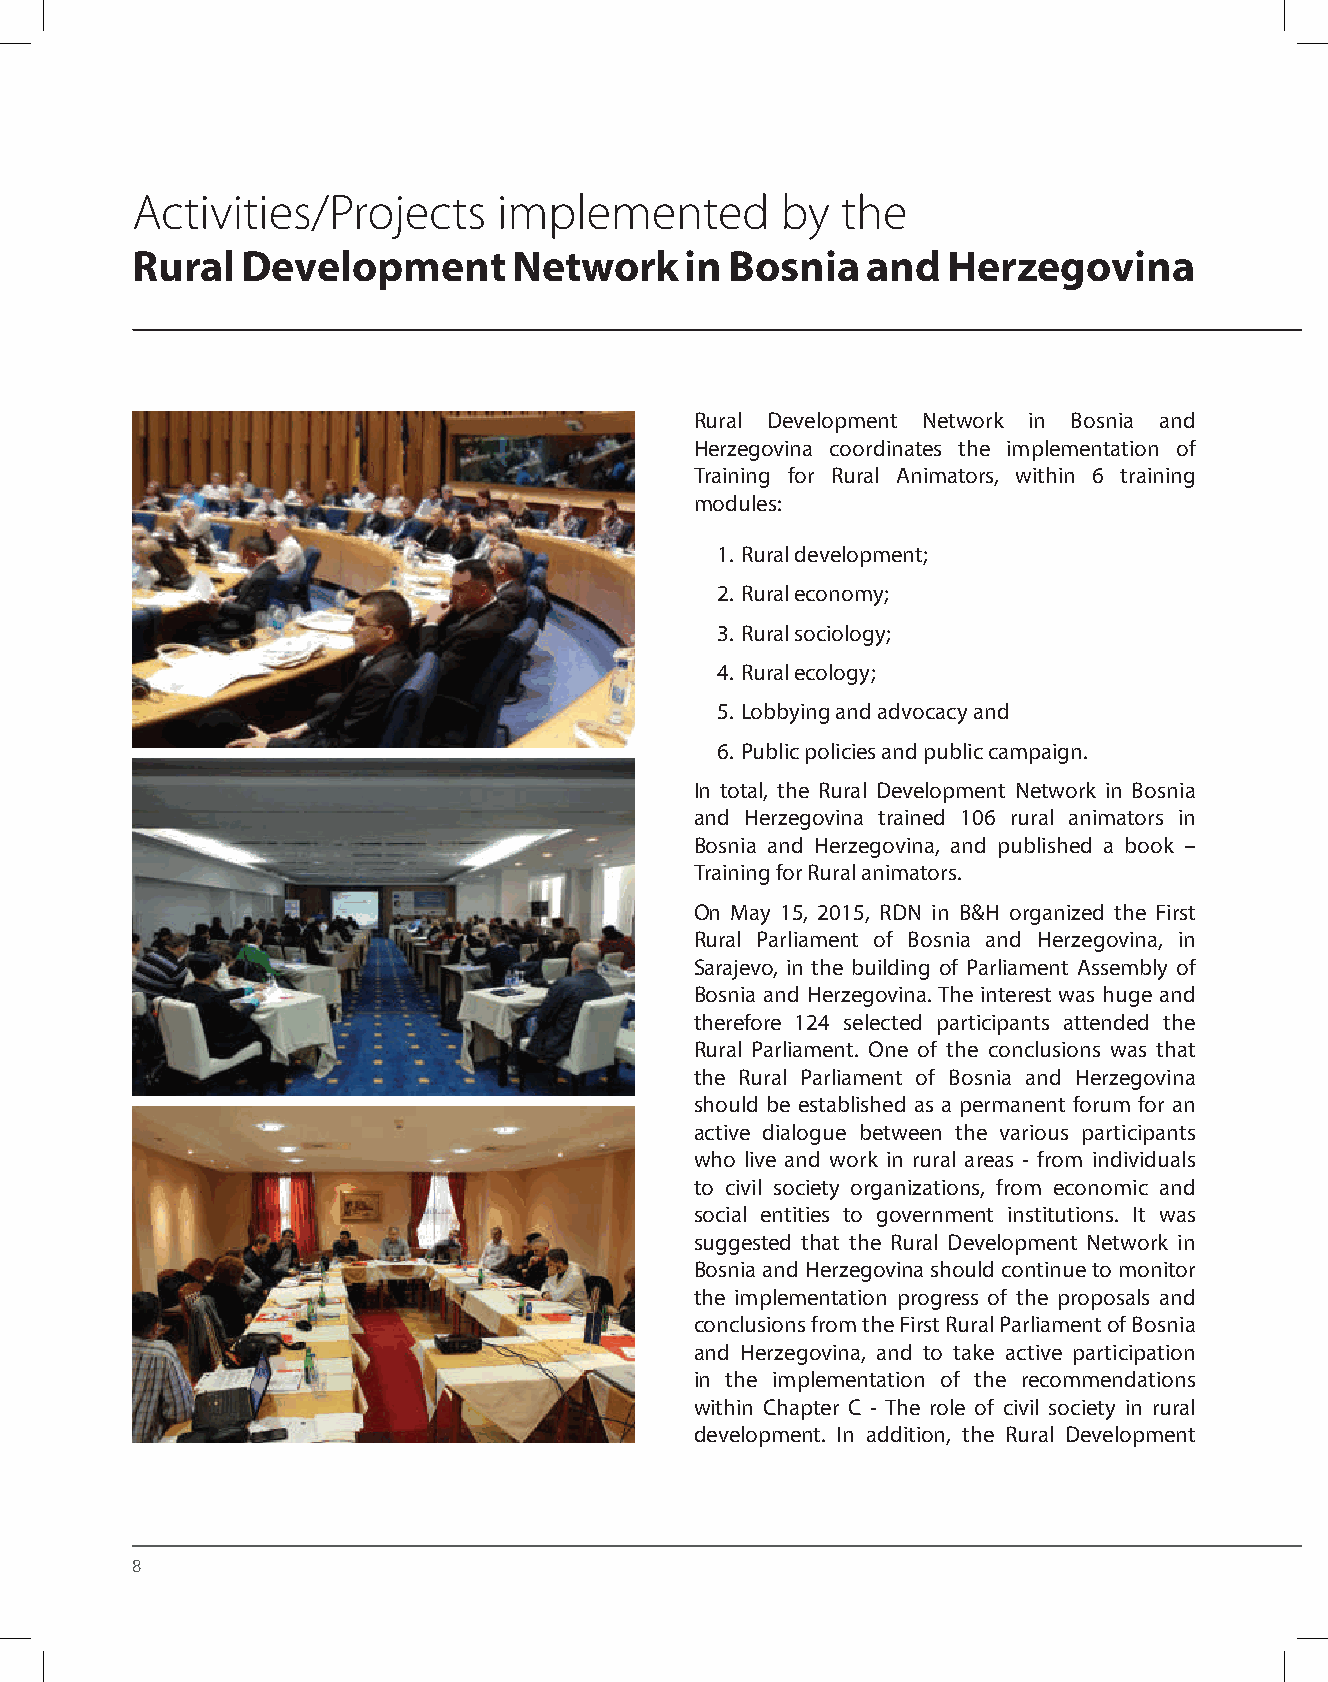
Activities/Projects     implemented        by  the
 Rural  Development       Network    in Bosnia   and   Herzegovina
 Rural Development Network in Bosnia and
 Herzegovina coordinates the implementation of
 Training for Rural Animators, within 6 training
 modules:
 1. Rural development;
 2. Rural economy;
 3. Rural sociology;
 4. Rural ecology;
 5. Lobbying and advocacy and
 6. Public policies and public campaign.
 In total, the Rural Development Network in Bosnia
 and Herzegovina trained 106 rural animators in
 Bosnia and Herzegovina, and published a book –
 Training for Rural animators.
 On May 15, 2015, RDN in B&H organized the First
 Rural Parliament of Bosnia and Herzegovina, in
 Sarajevo, in the building of Parliament Assembly of
 Bosnia and Herzegovina. The interest was huge and
 therefore 124 selected participants attended the
 Rural Parliament. One of the conclusions was that
 the Rural Parliament of Bosnia and Herzegovina
 should be established as a permanent forum for an
 active dialogue between the various participants
 who live and work in rural areas - from individuals
 to civil society organizations, from economic and
 social entities to government institutions. It was
 suggested that the Rural Development Network in
 Bosnia and Herzegovina should continue to monitor
 the implementation progress of the proposals and
 conclusions from the First Rural Parliament of Bosnia
 and Herzegovina, and to take active participation
 in the implementation of the recommendations
 within Chapter C - The role of civil society in rural
 development. In addition, the Rural Development
 8